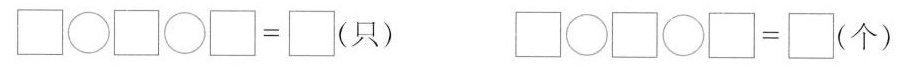
$$\Box \bigcirc \Box \bigcirc \Box =